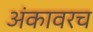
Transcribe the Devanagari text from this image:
अंकावरच